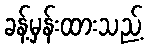
ခန့်မှန်းထားသည့်